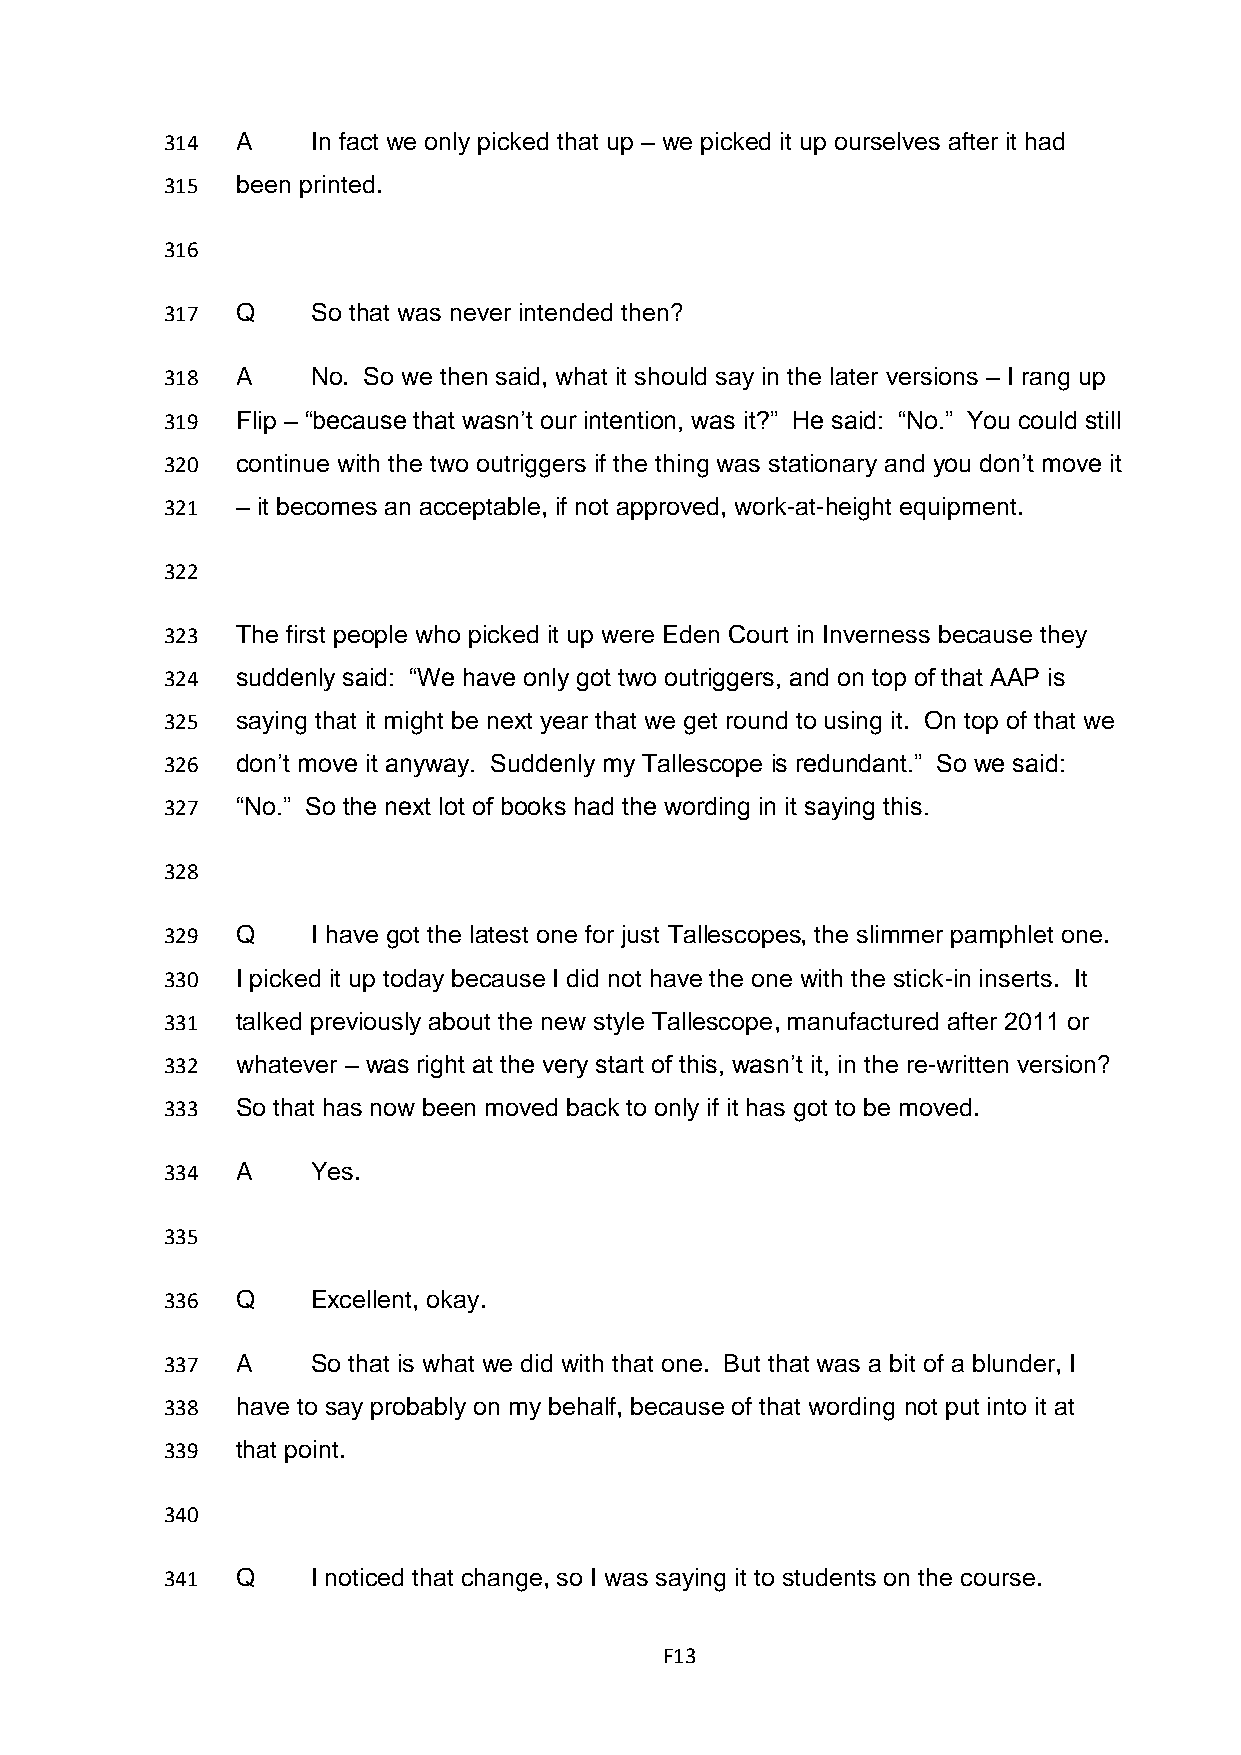
314  A    In fact we only picked that up – we picked it up ourselves after it had
 315  been printed.
 316
 317  Q    So that was never intended then?
 318  A    No. So we then said, what it should say in the later versions – I rang up
 319  Flip – “because that wasn’t our intention, was it?” He said: “No.” You could still
 320  continue with the two outriggers if the thing was stationary and you don’t move it
 321  – it becomes an acceptable, if not approved, work-at-height equipment.
 322
 323  The first people who picked it up were Eden Court in Inverness because they
 324  suddenly said: “We have only got two outriggers, and on top of that AAP is
 325  saying that it might be next year that we get round to using it. On top of that we
 326  don’t move it anyway. Suddenly my Tallescope is redundant.” So we said:
 327  “No.” So the next lot of books had the wording in it saying this.
 328
 329  Q    I have got the latest one for just Tallescopes, the slimmer pamphlet one.
 330  I picked it up today because I did not have the one with the stick-in inserts. It
 331  talked previously about the new style Tallescope, manufactured after 2011 or
 332  whatever – was right at the very start of this, wasn’t it, in the re-written version?
 333  So that has now been moved back to only if it has got to be moved.
 334  A    Yes.
 335
 336  Q    Excellent, okay.
 337  A    So that is what we did with that one. But that was a bit of a blunder, I
 338  have to say probably on my behalf, because of that wording not put into it at
 339  that point.
 340
 341  Q    I noticed that change, so I was saying it to students on the course.
 F13